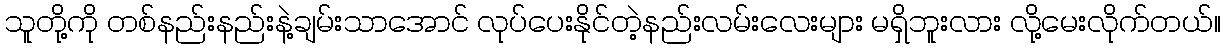
သူတို့ကို တစ်နည်းနည်းနဲ့ချမ်းသာအောင် လုပ်ပေးနိုင်တဲ့နည်းလမ်းလေးများ မရှိဘူးလား လို့မေးလိုက်တယ်။